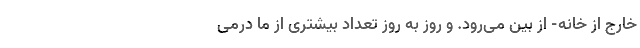
خارج از خانه- از بین می‌رود. و روز به روز تعداد بیشتری از ما درمی